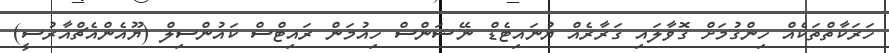
ހަރަކާތްތަކެއް ހިންގުމަށް ގޮވާލައި ގަރާރެއް ޔުނައިޓެޑް ނޭޝަންސް ހިއުމަން ރައިޓްސް ކައުންސިލް (ޔޫއެންއެޗްއާރުސީ)